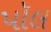
પૉલ